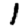
Digit: 1